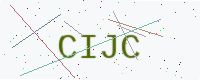
Text: CIJC